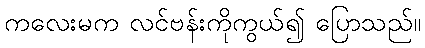
ကလေးမက လင်ဗန်းကိုကွယ်၍ ပြောသည်။